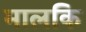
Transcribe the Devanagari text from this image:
मालकि